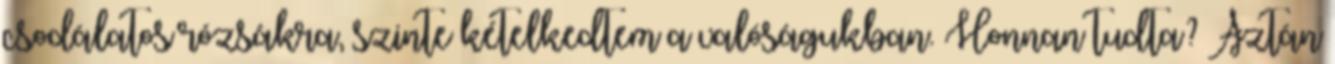
csodálatos rózsákra, szinte kételkedtem a valóságukban. Honnan tudta? Aztán